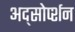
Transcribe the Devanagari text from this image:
अद्सोर्प्शन